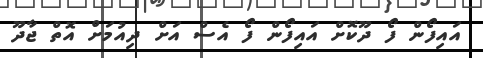
އައިފޯން ފޯ ދޫކޮށް އައިފޯން ފޯ އެސް އަށް ދިއުމަށް އޮތް ޖާދޫ